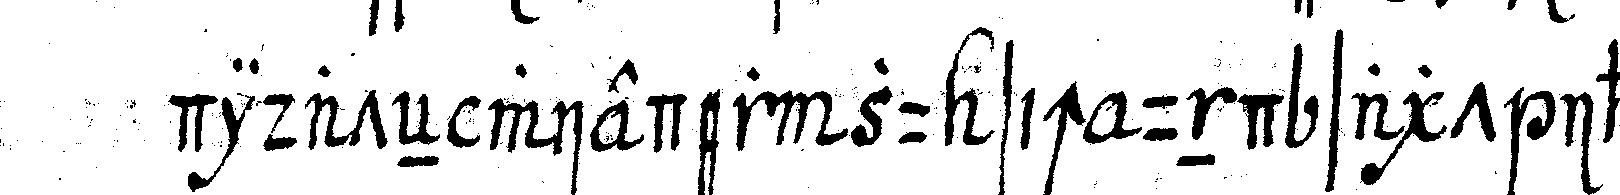
didateN wieder zu sich und sagt ihm :